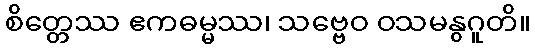
စိတ္တေဿ ဧကဓမ္မဿ၊ သဗ္ဗေဝ ဝသမနွဂူတိ။